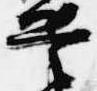
兵